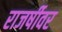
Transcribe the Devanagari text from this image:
राजर्षीवर